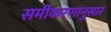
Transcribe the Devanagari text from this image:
समीकरणानुसार